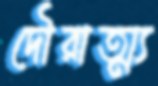
দৌরাত্ম্য